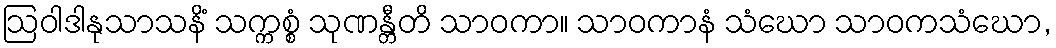
ဩဝါဒါနုသာသနိံ သက္ကစ္စံ သုဏန္တီတိ သာဝကာ။ သာဝကာနံ သံဃော သာဝကသံဃော,